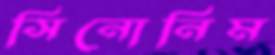
সিনোনিম